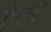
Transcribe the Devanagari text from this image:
हैलल